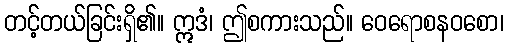
တင့်တယ်ခြင်းရှိ၏။ ဣဒံ၊ ဤစကားသည်။ ဝေရောစနဝစော၊